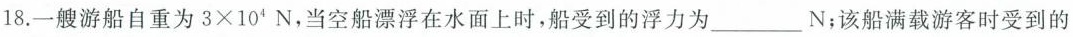
18.一艘游船自重为$$3\times10^{4}N$$，当空船漂浮在水面上时，船受到的浮力为___N；该船满载游客时受到的